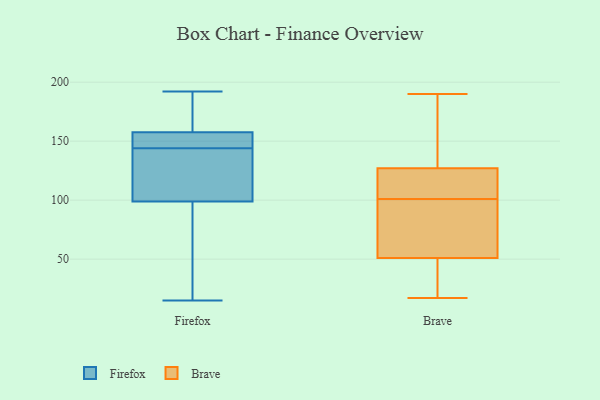
{"axis": {"x": "Shipments", "y": "Value"}, "legend": ["Brave", "Firefox"], "data": [{"x": "", "y": 107, "type": "Firefox"}, {"x": "", "y": 118, "type": "Firefox"}, {"x": "", "y": 157, "type": "Firefox"}, {"x": "", "y": 147, "type": "Firefox"}, {"x": "", "y": 38, "type": "Firefox"}, {"x": "", "y": 22, "type": "Firefox"}, {"x": "", "y": 145, "type": "Firefox"}, {"x": "", "y": 192, "type": "Firefox"}, {"x": "", "y": 147, "type": "Firefox"}, {"x": "", "y": 183, "type": "Firefox"}, {"x": "", "y": 74, "type": "Firefox"}, {"x": "", "y": 116, "type": "Firefox"}, {"x": "", "y": 178, "type": "Firefox"}, {"x": "", "y": 144, "type": "Firefox"}, {"x": "", "y": 15, "type": "Firefox"}, {"x": "", "y": 112, "type": "Firefox"}, {"x": "", "y": 159, "type": "Firefox"}, {"x": "", "y": 120, "type": "Brave"}, {"x": "", "y": 51, "type": "Brave"}, {"x": "", "y": 17, "type": "Brave"}, {"x": "", "y": 55, "type": "Brave"}, {"x": "", "y": 150, "type": "Brave"}, {"x": "", "y": 106, "type": "Brave"}, {"x": "", "y": 190, "type": "Brave"}, {"x": "", "y": 70, "type": "Brave"}, {"x": "", "y": 41, "type": "Brave"}, {"x": "", "y": 122, "type": "Brave"}, {"x": "", "y": 51, "type": "Brave"}, {"x": "", "y": 148, "type": "Brave"}, {"x": "", "y": 96, "type": "Brave"}, {"x": "", "y": 127, "type": "Brave"}]}